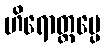
ဟိရောတ္တပ္ပေ